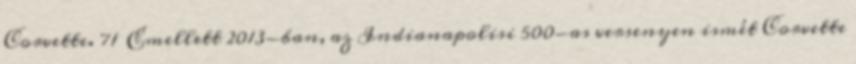
Corvette. 71 Emellett 2013-ban, az Indianapolisi 500-as versenyen ismét Corvette